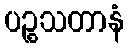
ပဉ္စသတာနံ